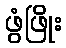
ဖွံဖြိုး